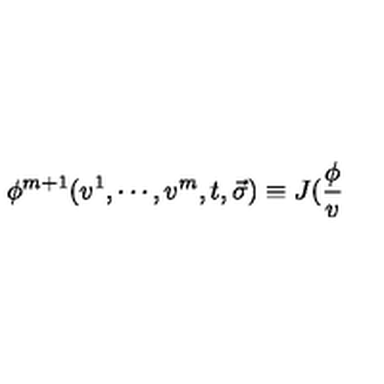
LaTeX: \phi ^ { m + 1 } ( v ^ { 1 } , \cdots , v ^ { m } , t , \vec { \sigma } ) \equiv J ( \frac \phi v